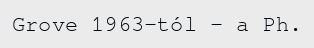
Grove 1963-tól – a Ph.